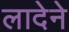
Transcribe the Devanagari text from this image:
लादेने